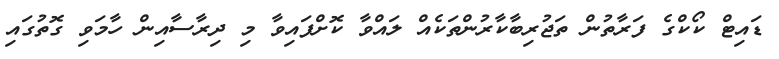
ޑައިޓް ކޯކްގެ ފަރާތުން ތަޖުރިބާކާރުންތަކެއް ލައްވާ ކޮށްފައިވާ މި ދިރާސާއިން ހާމަވި ގޮތުގައި